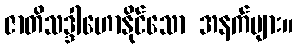
ဇာတိသဒ္ဒါဟောနိုင်သော အနက်များ။